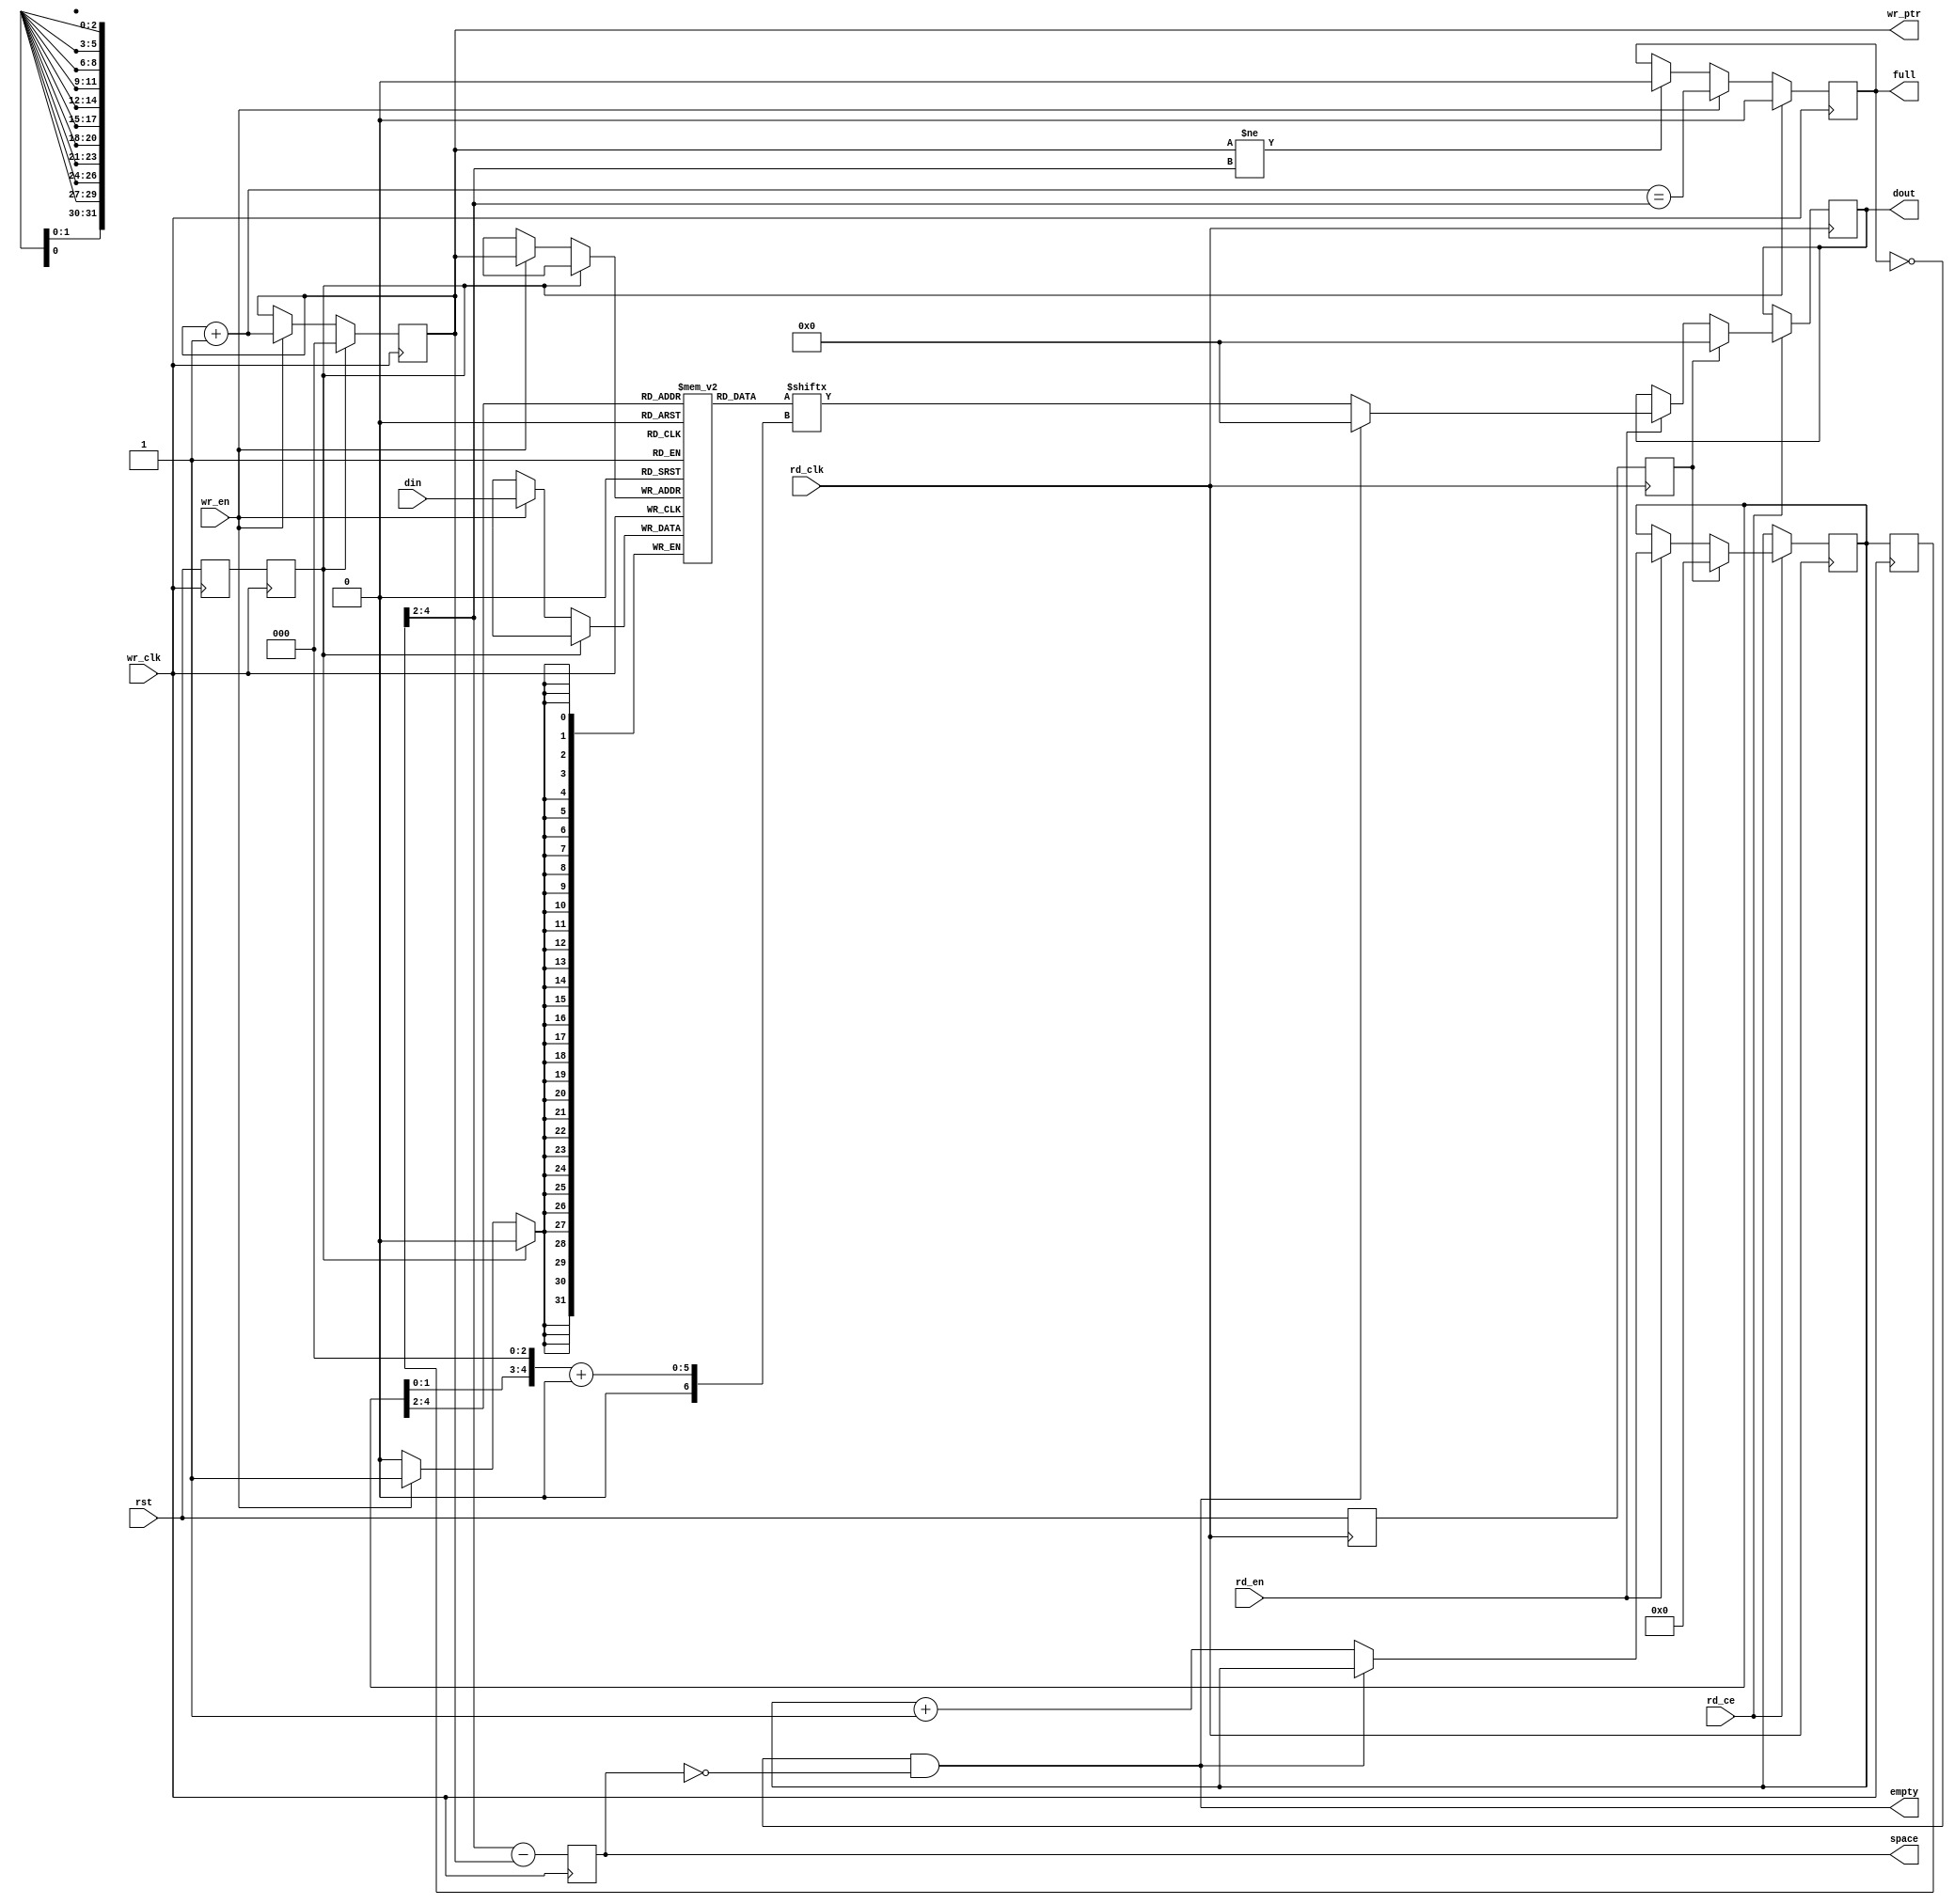
`timescale 1ns / 1ps
/* vidc_fifo.v

 Copyright (c) 2012-2014, Stephen J. Leary
 All rights reserved.
 
 Redistribution and use in source and binary forms, with or without
 modification, are permitted provided that the following conditions are met:
     * Redistributions of source code must retain the above copyright
 *       notice, this list of conditions and the following disclaimer.
 *     * Redistributions in binary form must reproduce the above copyright
 *       notice, this list of conditions and the following disclaimer in the
 *       documentation and/or other materials provided with the distribution.
 *     * Neither the name of the <organization> nor the
 *       names of its contributors may be used to endorse or promote products
 *       derived from this software without specific prior written permission.
 * 
 * THIS SOFTWARE IS PROVIDED BY THE COPYRIGHT HOLDERS AND CONTRIBUTORS "AS IS" AND
 * ANY EXPRESS OR IMPLIED WARRANTIES, INCLUDING, BUT NOT LIMITED TO, THE IMPLIED
 * WARRANTIES OF MERCHANTABILITY AND FITNESS FOR A PARTICULAR PURPOSE ARE
 * DISCLAIMED. IN NO EVENT SHALL <COPYRIGHT HOLDER> BE LIABLE FOR ANY
 * DIRECT, INDIRECT, INCIDENTAL, SPECIAL, EXEMPLARY, OR CONSEQUENTIAL DAMAGES
 * (INCLUDING, BUT NOT LIMITED TO, PROCUREMENT OF SUBSTITUTE GOODS OR SERVICES;
 * LOSS OF USE, DATA, OR PROFITS; OR BUSINESS INTERRUPTION) HOWEVER CAUSED AND
 * ON ANY THEORY OF LIABILITY, WHETHER IN CONTRACT, STRICT LIABILITY, OR TORT
 * (INCLUDING NEGLIGENCE OR OTHERWISE) ARISING IN ANY WAY OUT OF THE USE OF THIS
 * SOFTWARE, EVEN IF ADVISED OF THE POSSIBILITY OF SUCH DAMAGE.
 */
 
module vidc_fifo #(
	parameter FIFO_SIZE = 3
)
(
		input 		rst,
		input 		wr_clk,
		input 		wr_en, 
		input[31:0]	din,
		
		input 		rd_clk,
		input 		rd_ce,
		input 		rd_en,
		output reg [7:0]	dout,
		
		output reg [FIFO_SIZE-1:0] wr_ptr,
		output reg [FIFO_SIZE-1:0] space,
		output reg                  full,
		output                      empty
);

localparam MEM_DEPTH = 2**FIFO_SIZE;
localparam WORD_WIDTH = FIFO_SIZE;
localparam BYTE_WIDTH = FIFO_SIZE + 2;

reg [31:0] data[0:MEM_DEPTH-1];
reg [BYTE_WIDTH-1:0]  rd_ptr;
   
integer k;

initial begin

	wr_ptr = 'd0;
	rd_ptr = 'd0;
	full   = 1'b0;
	dout   = 8'd0;
	
	for (k = 0; k < MEM_DEPTH; k = k + 1)
	begin
		data[k] = 32'd0;
	end
	
	$display("FIFO has %x", MEM_DEPTH);

end

reg [BYTE_WIDTH-1:0] rd_ptr_r;

always @(posedge wr_clk) begin : block
	reg rstD, rstD2;

	rd_ptr_r	<= rd_ptr;
	space 		<= {rd_ptr_r[BYTE_WIDTH-1:2]} - wr_ptr;
	rstD <= rst;
	rstD2 <= rstD;
	
	if (rstD2) begin

		wr_ptr 	<= 'd0;
		full   	<= 1'b0;
	
	end else begin 
	
		if (wr_ptr != {rd_ptr_r[BYTE_WIDTH-1:2]}) begin
			full	<=  1'b0;
		end 
	
		if (wr_en == 1'b1) begin
			data[wr_ptr] <= din;
			wr_ptr 	<= 	 wr_ptr + 2'd1;
			full  	<=  (wr_ptr + 2'd1) == {rd_ptr_r[BYTE_WIDTH-1:2]};
		end
	end 
end 

wire [7:0] q;

always @(posedge rd_clk) begin : block2

    reg rstD, rstD2;

    rstD <= rst;
	rstD2 <= rstD;
	if(rd_ce) begin
		if (rstD2) begin
		
			rd_ptr <= 'd0;
			dout <= 8'd0;

		end else if (rd_en) begin

			if (~empty) begin
				rd_ptr <= rd_ptr + 1'd1;
				dout <= q;
			end else begin
				dout <= 'd0;
			end
		end
	end
end

assign empty = !full & space == 'd0;

// cross the clock domain.
assign q = data[{rd_ptr[BYTE_WIDTH-1:2]}][{rd_ptr[1:0],3'b000} +:8];

endmodule